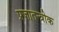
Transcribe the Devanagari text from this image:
प्रजातन्त्रीक